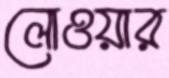
লোওয়ার